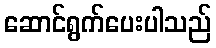
ဆောင်ရွက်ပေးပါသည်